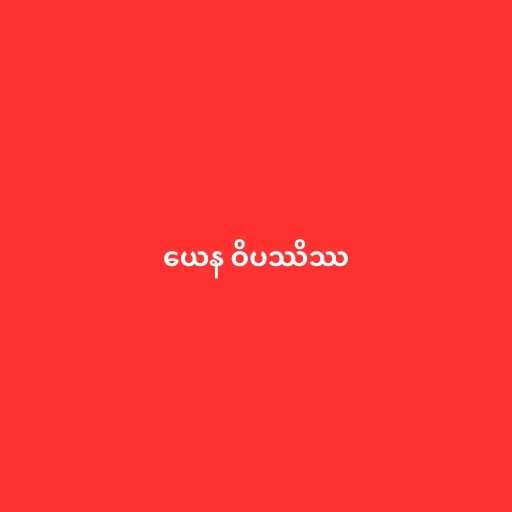
ယေန ဝိပဿိဿ